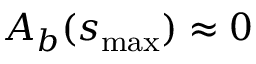
A _ { b } ( s _ { \operatorname* { m a x } } ) \approx 0